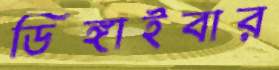
ডিঙ্গাইবার